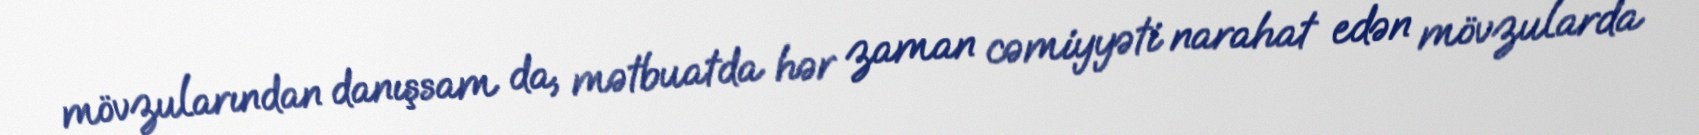
mövzularından danışsam da, mətbuatda hər zaman cəmiyyəti narahat edən mövzularda